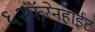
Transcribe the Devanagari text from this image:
६२फॅरेनहाईट